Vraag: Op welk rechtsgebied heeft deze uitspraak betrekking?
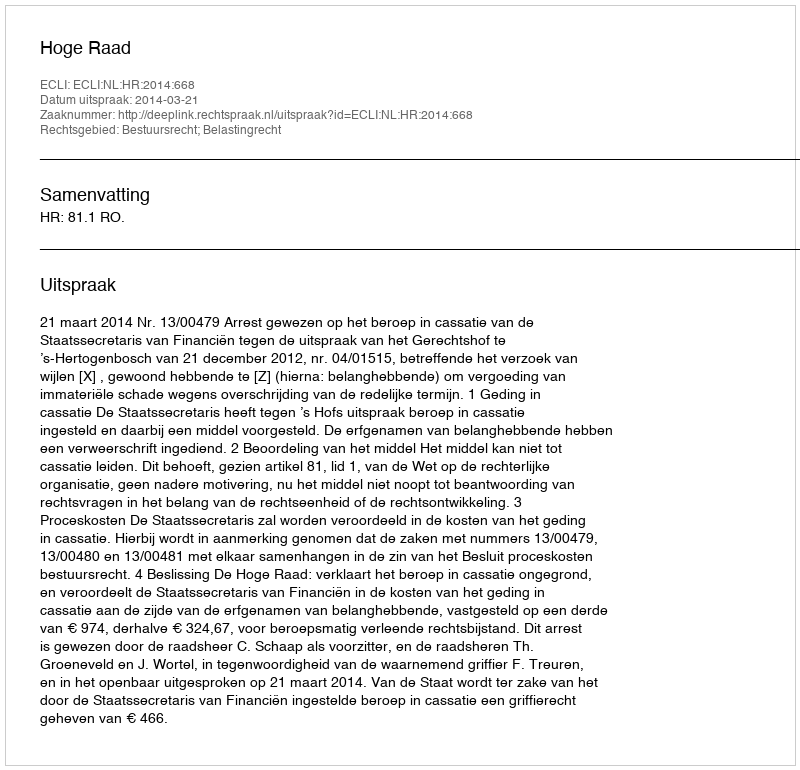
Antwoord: Bestuursrecht; Belastingrecht